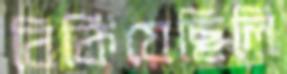
বিকিয়েছিলি